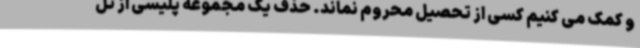
و کمک می کنیم کسی از تحصیل محروم نماند. حذف یک مجموعه پلیسی از تل